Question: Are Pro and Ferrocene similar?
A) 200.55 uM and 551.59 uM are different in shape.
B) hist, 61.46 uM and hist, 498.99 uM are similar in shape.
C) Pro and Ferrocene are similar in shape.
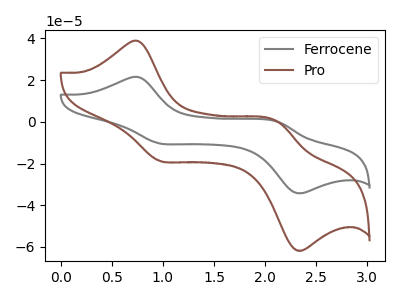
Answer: <think>The gray curve "Ferrocene" has anodic peaks at (0.75V, 21.50uA) (2.10V, 0.10uA) and cathodic peaks at (0.95V, -10.35uA) (2.30V, -34.05uA). The brown curve "Pro" has anodic peaks at (0.75V, 38.75uA) (2.10V, 0.20uA) and cathodic peaks at (0.95V, -18.65uA) (2.30V, -61.45uA).
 All the peaks in "Pro" have a peak in "Ferrocene" at the same potential. Every peak in "Pro" is higher than every peak in "Ferrocene".</think>
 <answer>C) "Pro" and "Ferrocene" are similar in shape.</answer>
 <eval>C</eval>